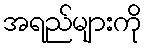
အရည်များကို